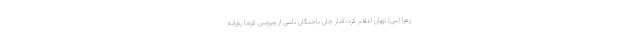
زهرا (س) تهران اعلام کرد: آمار جان باختگان ناشی از ویروس کرونا روزانه